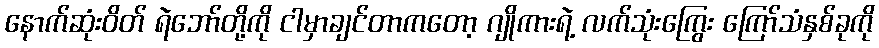
နောက်ဆုံးဝိတ် ရဲဘော်တို့ကို ငါမှာချင်တာကတော့ ဂျိုကားရဲ့ လက်သုံးကြွေး ကြော်သံနှစ်ခုကို